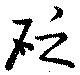
砭